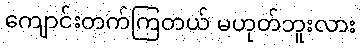
ကျောင်းတက်ကြတယ် မဟုတ်ဘူးလား